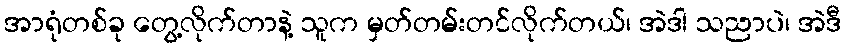
အာရုံတစ်ခု တွေ့လိုက်တာနဲ့ သူက မှတ်တမ်းတင်လိုက်တယ်၊ အဲဒါ သညာပဲ၊ အဲဒီ